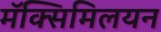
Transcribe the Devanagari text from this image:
मॅक्सिमिलयन